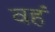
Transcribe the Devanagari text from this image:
वहं